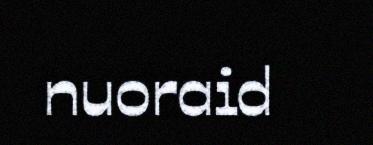
nuoraid